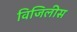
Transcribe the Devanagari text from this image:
विजिलीस